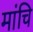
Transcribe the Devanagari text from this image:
मांचि